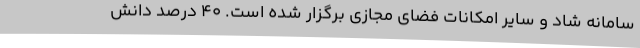
سامانه شاد و سایر امکانات فضای مجازی برگزار شده است. 40 درصد دانش